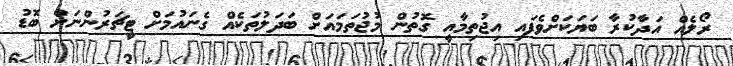
ރޯލެއް އަދާކުރާ ބަޔަކަށްވެފައި އިޖުތިމާއީ ގޮތުން މުޖުތަމައަށް ބަދަލުތަކެއް ގެނައުމަށް ޓީޗަރުންނަށް ބޮޑު